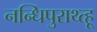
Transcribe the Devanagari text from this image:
नन्धिपुराथ्त्हू